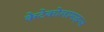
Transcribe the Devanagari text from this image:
केटेकोलामाइन्स